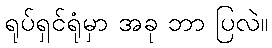
ရုပ်ရှင်ရုံမှာ အခု ဘာ ပြလဲ။